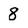
Character: 8